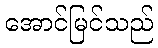
အောင်မြင်သည်